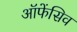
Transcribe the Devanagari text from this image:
ऑफेंसिव